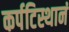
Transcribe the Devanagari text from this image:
कर्पटिस्थानं